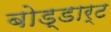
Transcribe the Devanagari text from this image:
बोड्डार्ट